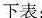
下表：